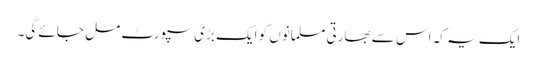
ایک یہ کہ اس سے بھارتی مسلمانوں کو ایک بڑی سپورٹ مل جائے گی۔